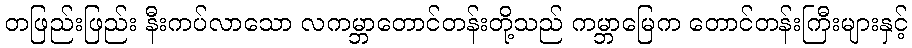
တဖြည်းဖြည်း နီးကပ်လာသော လကမ္ဘာတောင်တန်းတို့သည် ကမ္ဘာမြေက တောင်တန်းကြီးများနှင့်